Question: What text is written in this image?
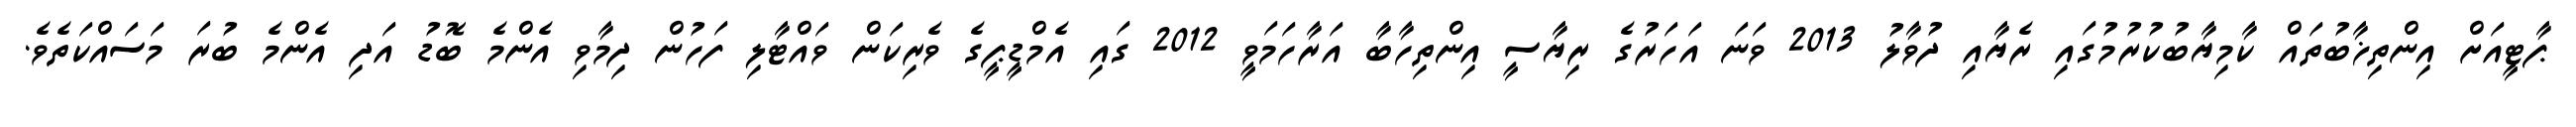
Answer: ޕާޓީއަށް އިންތިޚާބުތައް ކާމިޔާބުކުރުމުގައި ރެޔާއި ދުވާލު 2013 ވަނަ އަހަރުގެ ރިޔާސީ އިންތިހާބާ އަރާހަމަވީ 2012 ގައި އެމްޑީޕީގެ ވެރިކަން ވައްޓާލި ފަހުން ދިމާވި އެންމެ ބޮޑު އަދި އެންމެ ބުރަ މަސައްކަތެވެ.